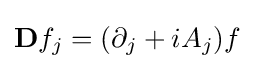
\mathbf {D} f_{j}=(\partial _{j}+iA_{j})f